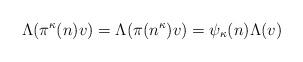
LaTeX: \begin{align*}\Lambda(\pi^\kappa(n)v)=\Lambda(\pi(n^\kappa)v)=\psi_\kappa(n)\Lambda(v)\end{align*}